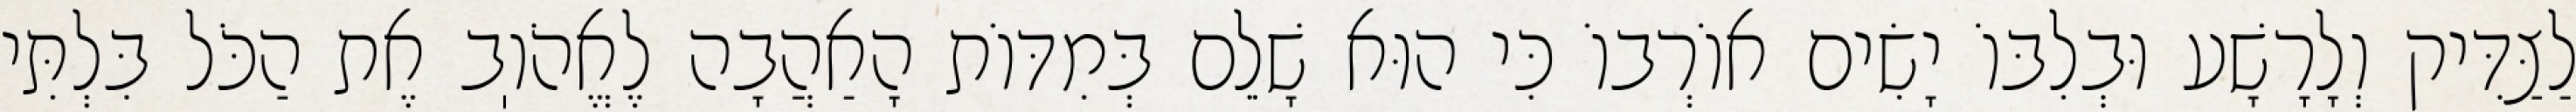
לַצַּדִּיק וְלָרָשָׁע וּבְלִבּוֹ יָשִׂים אוֹרְבוֹ כִּי הוּא שָׁלֵם בְּמִדּוֹת הָאַהֲבָה לֶאֱהֹוֽב אֶת הַכֹּל בִּלְתִּי